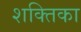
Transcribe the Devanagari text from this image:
शक्तिका